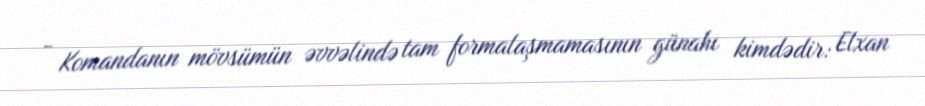
- Komandanın mövsümün əvvəlində tam formalaşmamasının günahı kimdədir: Elxan